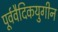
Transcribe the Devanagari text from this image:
पूर्ववैदिकयुगीन